Lunatic asylums Bombay report 1878-1890 - 1878-1890
Year: 1878
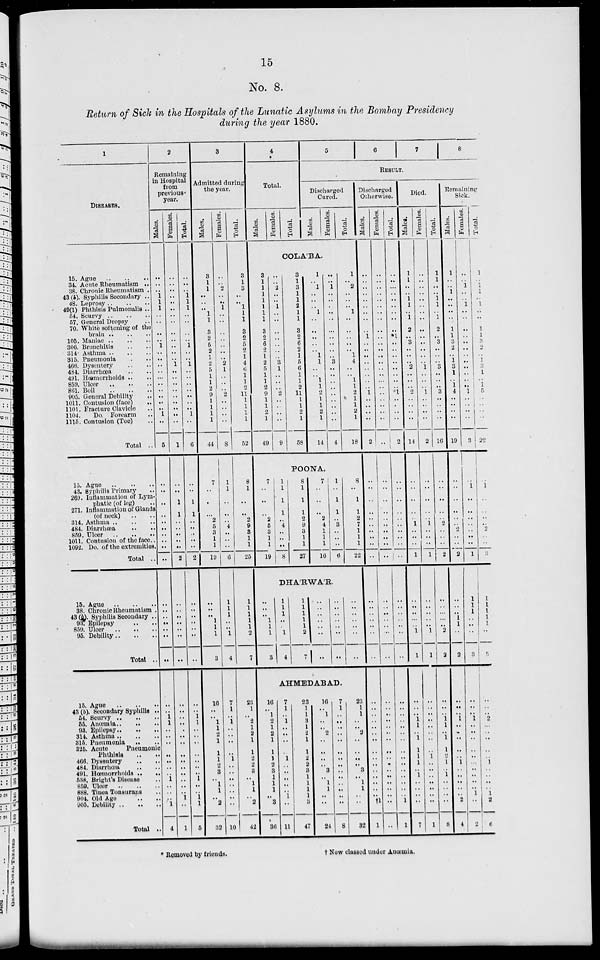
15
No. 8.
Return of Sick in the Hospitals of the Lunatic Asylums in the Bombay Presidency
during the year 1880.
1
DISEASES.
15. Ague
..
..
..
34. Acute Rheumatism ..
38. Chronic Rheumatism ..
43 (b). Syphilis Secondary ..
48. Leprosy .. .. ..
49(1) Phthisis Pulmonalis ..
54. Scurvy
..
..
..
57. General Dropsy ..
70. White softening of the
brain .. .. ..
105. Maniac
..
..
..
306. Bronchitis .. ..
314. Asthma .. .. ..
315. Pneumonia .. ..
466. Dysentery .. ..
484. Diarrhœa .. ..
491. Hœmorrhoids .. ..
859. Ulcer
..
..
..
861. Boil
..
..
..
905. General Debility ..
1011. Contusion (face) ..
1101. Fracture Clavicle ..
1104.
Do. Forearm ..
1115. Contusion (Toe) ..
Total ..
15. Ague
..
..
..
43. Syphilis Primary ..
269. Inflammation of Lym-
phatic (of leg) ..
271. Inflammation of Glands
(of neck) .. ..
314. Asthma
..
..
..
484. Diarrhœa .. ..
859. Ulcer
..
..
..
1011. Contusion of the face ..
1092. Do. of the extremities.
Total ..
15. Ague .. .. ..
38. Chronic Rheumatism ..
43 (b). Syphilis Secondary ..
93. Epilepsy .. ..
859. Ulcer .. .. ..
95. Debility .. .. ..
Total ..
15. Ague .. .. ..
43(b). Secondary Syphilis ..
54. Scurvy .. .. ..
55. Anœmia .. .. ..
93. Epilepsy
..
..
..
314. Asthma
..
..
..
315. Pneumonia
.. ..
325.
Acute
Pneumonic
Phthisis .. ..
466.Dysentery .. ..
484. Diarrhœa .. ..
491. Hœmorrhoids .. ..
538. Bright's Disease ..
859. Ulcer
..
..
..
888. Tinea Tonsurans ..
904. Old Age .. ..
905. Debility
..
..
Total ..
2
Remaining
in Hospital
from
previous
year.
Males.
..
..
..
1
1
1
..
..
..
..
1
..
..
..
..
..
..
..
..
..
..
1
..
5
..
..
..
..
..
..
..
..
..
..
..
..
..
..
..
..
..
..
..
1
1
..
..
..
..
..
..
..
1
..
..
..
1
4
Females.
..
..
..
..
..
..
..
..
..
..
..
..
..
1
..
..
..
..
..
..
..
..
..
1
..
..
1
1
..
..
..
..
..
2
..
..
..
..
..
..
..
..
..
..
..
..
..
..
..
..
..
..
..
..
..
1
..
1
Total.
..
..
..
1
1
1
..
..
..
..
1
..
..
1
..
..
..
..
..
..
..
1
..
6
..
..
1
1
..
..
..
..
..
2
..
..
..
..
..
..
..
..
..
1
1
..
..
..
..
..
..
..
1
..
..
1
1
5
3
Admitted during
the year.
Males.
3
1
1
..
..
..
1
1
3
2
5
2
1
2
5
1
1
2
9
1
1
1
1
44
7
..
..
..
2
5
3
1
1
19
..
..
..
1
1
1
3
16
..
..
1
1
2
1
1
1
2
3
..
1
1
..
2
32
Females.
..
..
2
..
..
1
..
..
..
..
..
..
..
2
1
..
..
..
2
..
..
..
..
8
1
1
..
..
..
4
..
..
..
6
1
1
1
..
..
1
4
7
1
..
1
..
..
..
..
1
..
..
..
..
..
..
..
10
Total.
3
1
3
..
..
1
1
1
3
2
5
2
1
4
6
1
1
2
11
1
1
1
1
52
8
1
..
..
2
9
3
1
1
25
1
1
1
1
1
2
7
23
1
..
2
1 2
1
1
2
2
3
..
1
1
..
2
42
4
Total.
Males.
Females.
Total.
5
6
7
8
RESULTS.
Discharged
Cured.
Males.
Females.
Total.
COLA'BA.
3
1
1
..
..
1
..
1
3
2
6
2
1
2
5
1
1
2
9
1
1
2
1
49
..
..
2
..
..
1
..
..
..
..
..
..
..
3
1
..
..
..
2
..
..
..
..
9
3
1
3
..
..
2
..
..
3
2
6
2
1
5
6
1
1
2
11
1
1
2
1
58
1
..
1
..
..
..
1
..
..
..
..
..
1
1
..
..
1
1
2
1
1
2
1
14
..
..
1
..
..
..
..
..
..
..
..
..
..
3
..
..
..
..
..
..
..
..
..
4
1
..
2
..
..
..
1
..
..
..
..
..
1
4
..
..
1
1
2
1
1
2
1
18
POONA,
7
..
..
..
2
5
3
1
1
19
1
1
1
1
..
4
..
..
..
8
8
1
1
1
2
9
3
1
1
27
7
..
..
..
2
4
1
1
1
16
1
..
1
1
..
3
..
..
..
6
8
..
1
1
2
7
1
1
1
22
DHA'RWA'R.
..
.,
..
1
1
1
3
1
1
1
..
..
1
4
1
1
1
1
1
2
7
..
..
..
..
..
..
..
..
..
..
..
..
..
..
..
..
..
..
..
..
..
AHMEDABAD.
16
..
1
2
1
2
1
1
1
2
3
1
1
1
..
3
36
7
1
..
1
..
..
..
..
1
..
..
..
..
..
1
..
11
23
1
1
3
1
2
1
1
2
2
3
1
1
1
1
3
47
16
..
1
..
..
2
..
..
..
..
3
..
1
1
..
..
24
7
1
..
..
..
..
..
..
..
..
..
..
..
..
..
..
8
23
1
1
..
..
2
..
..
..
..
3
..
1
1
..
..
32
Discharged
Otherwise.
Males.
..
..
..
..
..
..
..
..
..
1
..
..
..
..
..
..
..
..
1
..
..
..
..
2
..
..
..
..
..
..
..
..
..
..
..
..
..
..
..
..
..
..
..
..
..
..
..
..
..
..
..
..
..
..
..
..
†1
1
Females.
..
..
..
..
..
..
..
..
..
..
..
..
..
..
..
..
..
..
..
..
..
..
..
..
..
..
..
..
..
..
..
..
..
..
..
..
..
..
..
..
..
..
..
..
..
..
..
..
..
..
..
..
..
..
..
..
..
..
Total.
..
..
..
..
..
..
..
..
..
*1
..
..
..
..
..
..
..
..
*1
..
..
..
..
2
..
..
..
..
..
..
..
..
..
..
..
..
..
..
..
..
..
..
..
..
..
..
..
..
..
..
..
..
..
..
..
..
1
1
Died.
Males.
1
1
..
..
1
1
..
1
2
..
3
..
..
..
2
..
..
..
2
..
..
..
..
14
..
..
..
..
..
1
..
..
..
1
..
..
..
..
..
1
1
..
..
..
1
1
..
1
1
1
1
..
1
..
..
..
..
7
Females.
..
..
..
..
..
..
..
..
..
..
..
..
..
..
1
..
..
..
1
..
..
..
..
2
..
..
..
..
..
1
..
..
..
1
..
..
..
..
..
1
1
..
..
..
..
..
..
..
..
1
..
..
..
..
..
..
..
1
Total.
1
1
..
..
1
1
..
1
2
..
3
..
..
..
3
..
..
..
3
..
..
..
..
16
..
..
..
..
..
2
..
..
..
2
..
..
..
..
..
2
2
..
..
..
1
1
..
1
1
2
1
..
1
..
..
..
..
8
Remaining
Sick.
Males.
1
..
..
1
..
..
..
..
1
1
3
2
..
1
3
1
..
1
4
..
..
..
..
19
..
..
..
..
..
..
2
..
..
2
..
..
..
1
1
..
2
..
..
..
1
..
..
..
..
..
1
..
..
..
..
..
2
4
Females.
..
..
1
..
..
1
..
..
..
..
..
..
..
..
..
..
..
..
1
..
..
..
..
3
..
1
..
..
..
..
..
..
..
1
1
1
1
..
..
..
3
..
..
..
1
..
..
..
..
..
..
..
..
..
..
1
..
2
Total.
1
..
1
1
..
1
..
..
1
1
3
2
..
1
3
1
..
1
5
..
..
..
..
22
..
1
..
..
..
..
2
..
..
3
1
1
1
1
1
..
5
..
..
..
2
..
..
..
..
..
1
..
..
..
..
1
2
6
* Removed by friends.
†
Now classed under Anœmia.